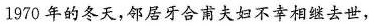
1970年的冬天，邻居牙合甫夫妇不幸相继去世，